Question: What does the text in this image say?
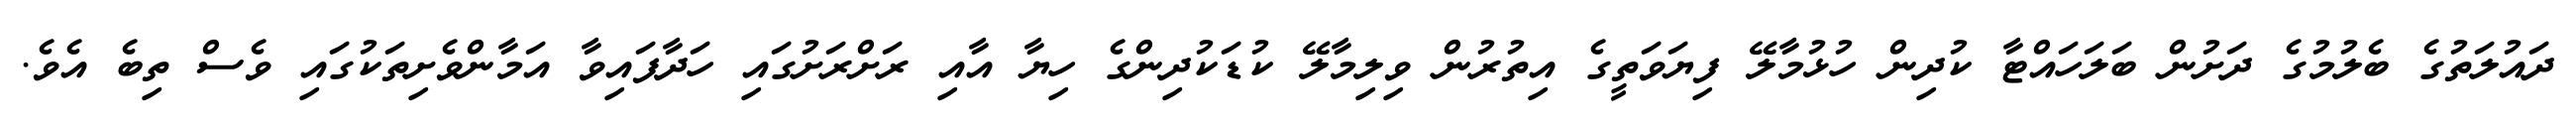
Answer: ދައުލަތުގެ ބެލުމުގެ ދަށުން ބަލަހައްޓާ ކުދިން ހުޅުމާލޭ ފިޔަވަތީގެ އިތުރުން ވިލިމާލޭ ކުޑަކުދިންގެ ހިޔާ އާއި ރަށްރަށުގައި ހަދާފައިވާ އަމާންވެށިތަކުގައި ވެސް ތިބެ އެވެ.